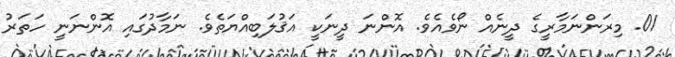
01. މިރަންނަމާރީގެ ދީނެއް ނޯވެއެވެ. އޮންނަ ދީނަކީ އަޤުލަބިއްޔަތެވެ. ނަމާދުގައި އޮންނަނީ ހަތަރު